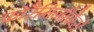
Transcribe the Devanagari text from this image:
फोरैमिनीफेरों